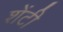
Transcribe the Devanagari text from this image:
शेंटी